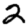
Digit: 2